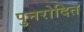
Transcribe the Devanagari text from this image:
पुनरोदित